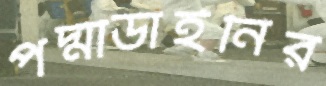
পদ্মাডাইনির